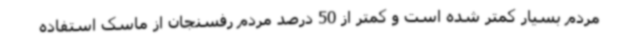
مردم بسیار کمتر شده است و کمتر از 50 درصد مردم رفسنجان از ماسک استفاده